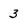
Character: 3